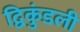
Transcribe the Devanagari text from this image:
द्विकुंडली